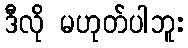
ဒီလို မဟုတ်ပါဘူး